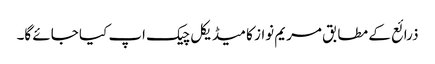
ذرائع کے مطابق مریم نواز کا میڈیکل چیک اپ کیا جائے گا۔